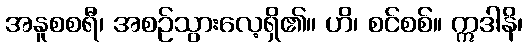
အနူစစရီ၊ အစဉ်သွားလေ့ရှိ၏။ ဟိ၊ စင်စစ်။ ဣဒါနိ၊